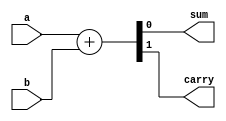
`timescale 1ns / 1ps
//////////////////////////////////////////////////////////////////////////////////
// Company: 
// Engineer: 
// 
// Design Name: 
// Module Name: half_adder_data
// Project Name: 
// Target Devices: 
// Tool Versions: 
// Description: 
// 
// Dependencies: 
// 
// Revision:
// Revision 0.01 - File Created
// Additional Comments:
// 
//////////////////////////////////////////////////////////////////////////////////


module half_adder_data(
    input a,
    input b,
    output sum,
    output carry
    );
    assign {carry,sum}=a+b;
    
endmodule